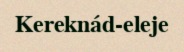
Kereknád-eleje